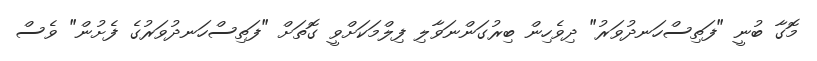
މޮގާ ބުނީ "ފަތިސްހަނދުވަރު" ދިވެހިން ބިރުގަންނަވާލި ފިލްމަކަށްވީ ގޮތަށް "ފަތިސްހަނދުވަރުގެ ފެށުން" ވެސް